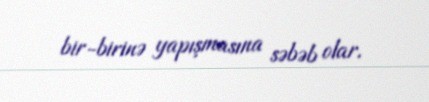
bir-birinə yapışmasına səbəb olar.